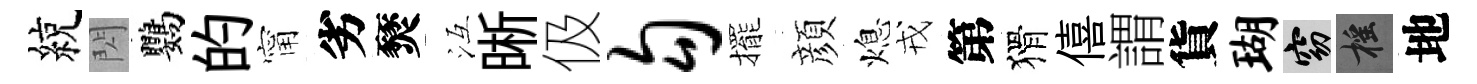
綂閃鸚的甯劣燹冱晰伋勾擺顔熄戎第猾僖謂貨瑚窈摇地